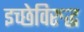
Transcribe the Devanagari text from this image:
इच्छेविरुद्ध